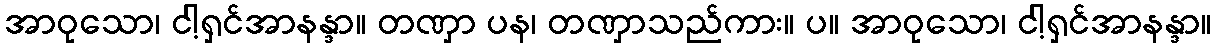
အာဝုသော၊ ငါ့ရှင်အာနန္ဒာ။ တဏှာ ပန၊ တဏှာသည်ကား။ ပ။ အာဝုသော၊ ငါ့ရှင်အာနန္ဒာ။